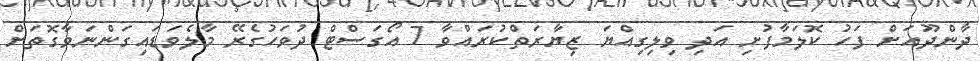
ދާންދޫއަށް ފަހު ކޮލަމާފުށި އަދި ވިލިގިއްޔަ ޒިޔާރަތްކުރައްވާ 7 އޯގަސްޓް ދުވަހުގެރޭ މާލެވަޑައިގަންނަވާގޮތަށް